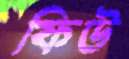
ফিউ